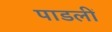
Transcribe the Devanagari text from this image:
पाडलीं